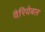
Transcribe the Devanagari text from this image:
वैरियेबल